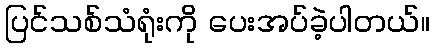
ပြင်သစ်သံရုံးကို ပေးအပ်ခဲ့ပါတယ်။